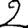
Digit: 2